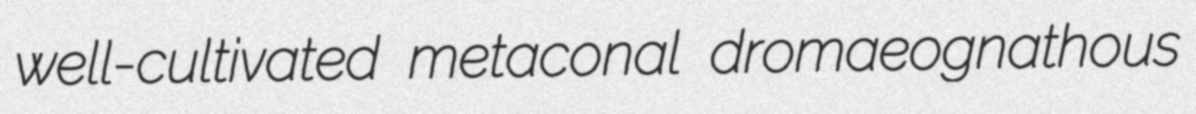
well-cultivated metaconal dromaeognathous